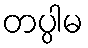
တပ္ပါမ